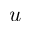
u